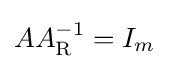
AA_{\mathrm {R} }^{-1}=I_{m}